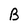
Character: B